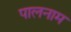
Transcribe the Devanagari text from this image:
पालनाम